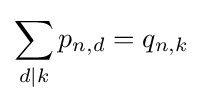
\sum _{d|k}p_{n,d}=q_{n,k}